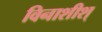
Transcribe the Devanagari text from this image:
विनाशीश्